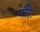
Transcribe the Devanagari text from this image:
गौरेः